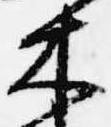
木